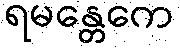
ရမန္တေကေ